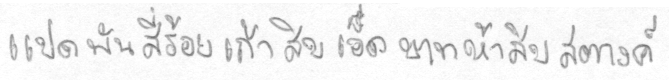
แปดพันสี่ร้อยเก้าสิบเอ็ดบาทห้าสิบสตางค์